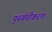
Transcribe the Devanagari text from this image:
पुनर्वगीकरण